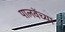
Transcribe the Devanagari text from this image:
पालवेंच्या